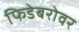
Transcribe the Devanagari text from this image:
फिडेबरोवर